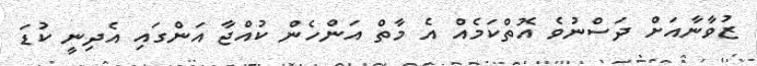
ޒުވާނާއަށް ދަސްނުވެ އޮތްކަމެއް އެ މާތް އަންހެން ކުއްޖާ އަންގައި އެދިނީ ކުޑަ